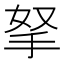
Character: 拏